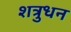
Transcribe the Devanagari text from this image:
शत्रुधन